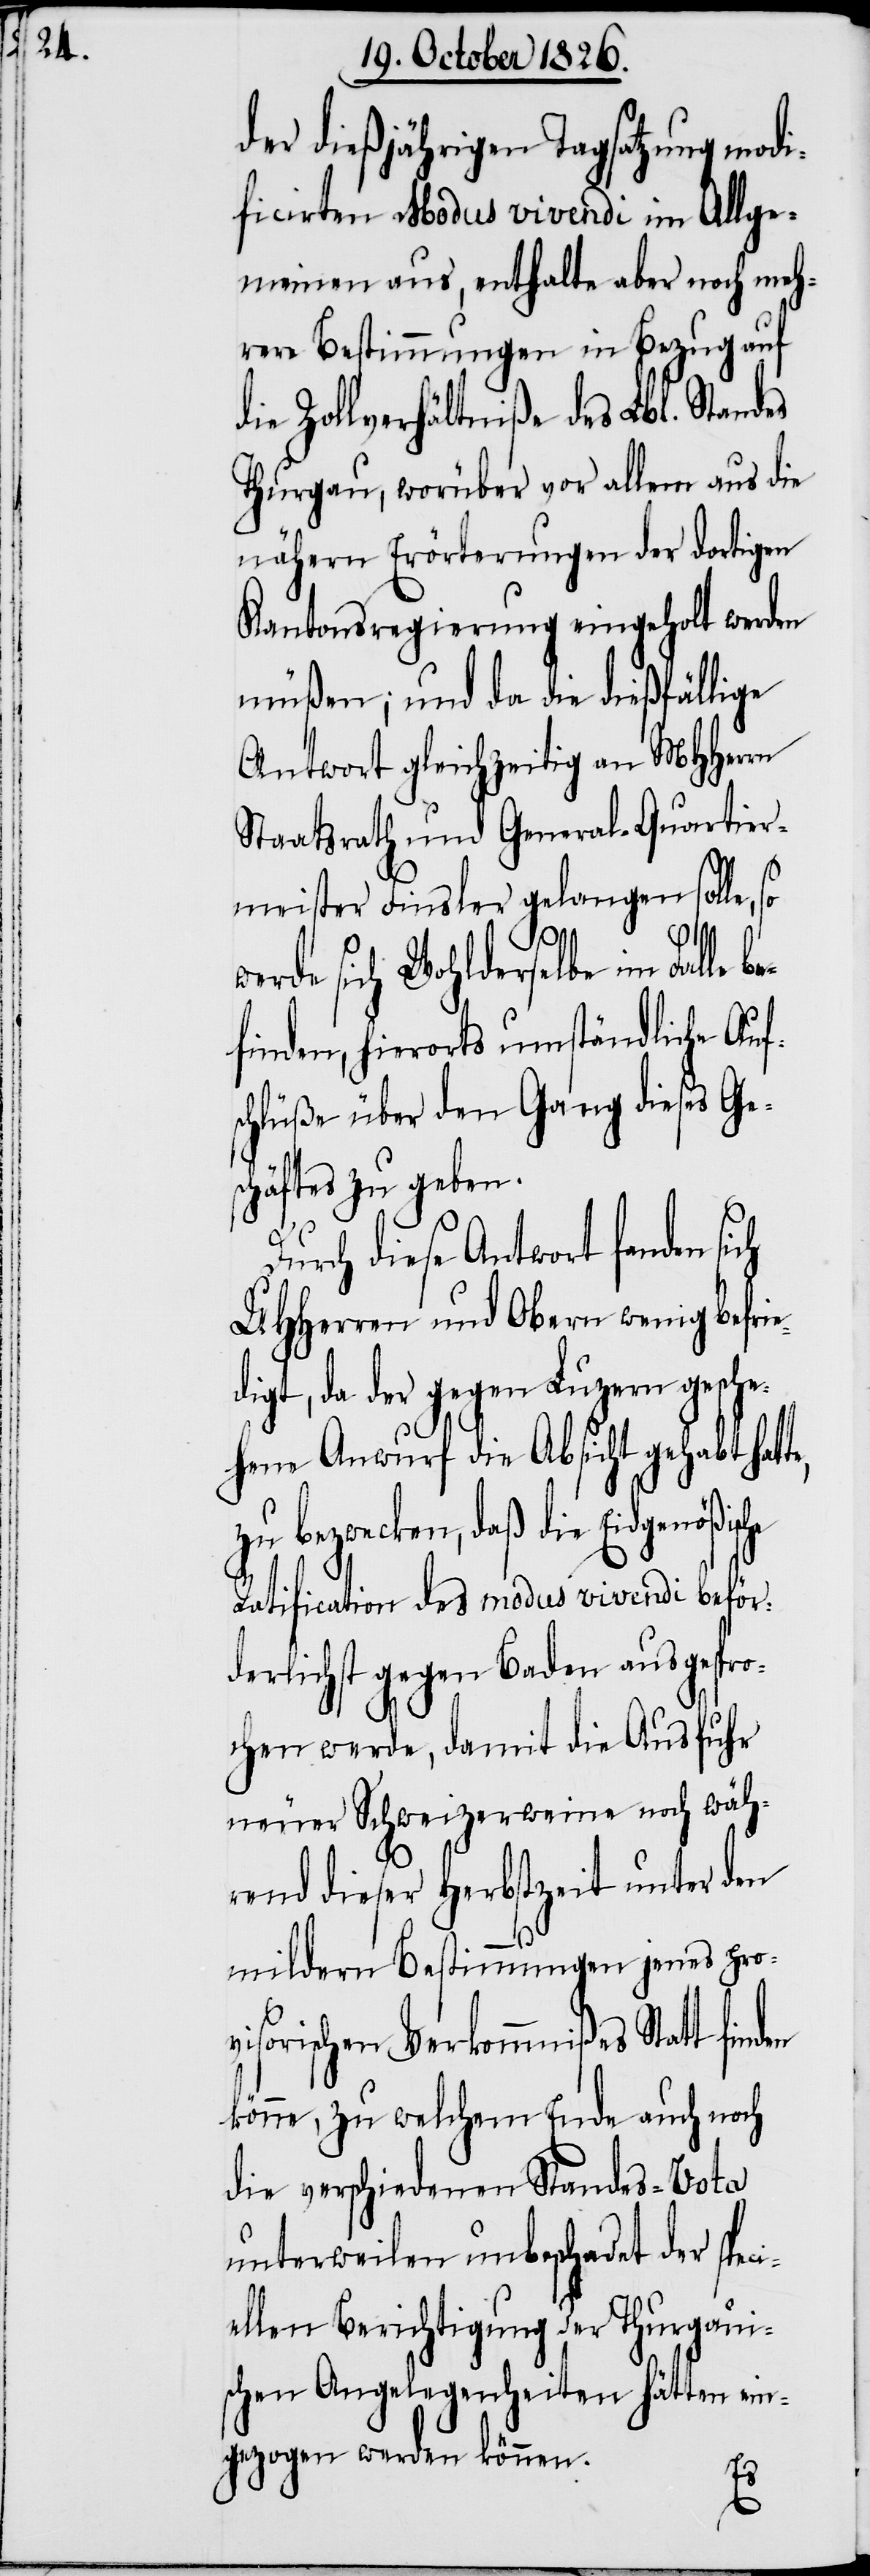
der dießjährigen Tagsatzung modi¬
ficirten Modus vivendi im Allge¬
meinen aus, enthalte aber noch meh¬
rere Bestimmungen in Bezug auf
ie Zollverhältniße des Lbl. Standes
Thurgau, worüber vor allem auch die
nähern Erörterungen der dortigen
Kantonsregierung eingeholt werden
müßen; und da die dießfällige
Antwort gleichzeitig an MHHerrn
Staatsrath und General-Quartier¬
meister Finsler gelangen solle, so
d¬
werde sich Wohlderselbe im Falle be¬
finden, hierorts umständliche Auf¬
schlüße über den Gang dieses Ge¬
schäftes zu geben.
Durch diese Antwort fanden sich
UHHerren und Obern wenig befrie¬
igt, da der gegen Luzern gesche¬
hene Anwurf die Absicht gehabt hat¬
zu bezwecken, daß die Eidgenößische
Ratification des modus vivendi beför¬
derlichst gegen Baden ausgespro¬
chen werde, damit die Ausfuhr
neuer Schweizerweine noch wäh¬
rend dieser Herbstzeit unter den
mildern Bestimmungen jenes provi¬
sorischen Verkommnißes Statt
könne, zu welchem Ende auch noch
die verschiedenen Standes-Vota
unterweilen unbeschadet der spec¬
iellen Berichtigung der Thurgaui¬
schen Angelegenheiten hätten ein¬
gezogen werden können.
te,